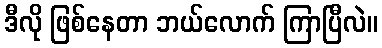
ဒီလို ဖြစ်နေတာ ဘယ်လောက် ကြာပြီလဲ။